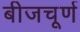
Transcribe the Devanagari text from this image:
बीजचूर्ण